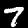
Digit: 7